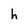
Character: h